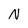
Character: N